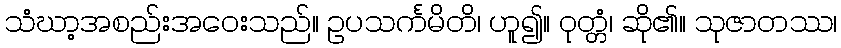
သံဃာ့အစည်းအဝေးသည်။ ဥပသင်္ကမိတိ၊ ဟူ၍။ ဝုတ္တံ၊ ဆို၏။ သုဇာတဿ၊